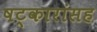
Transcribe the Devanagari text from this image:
षट्कारांसह